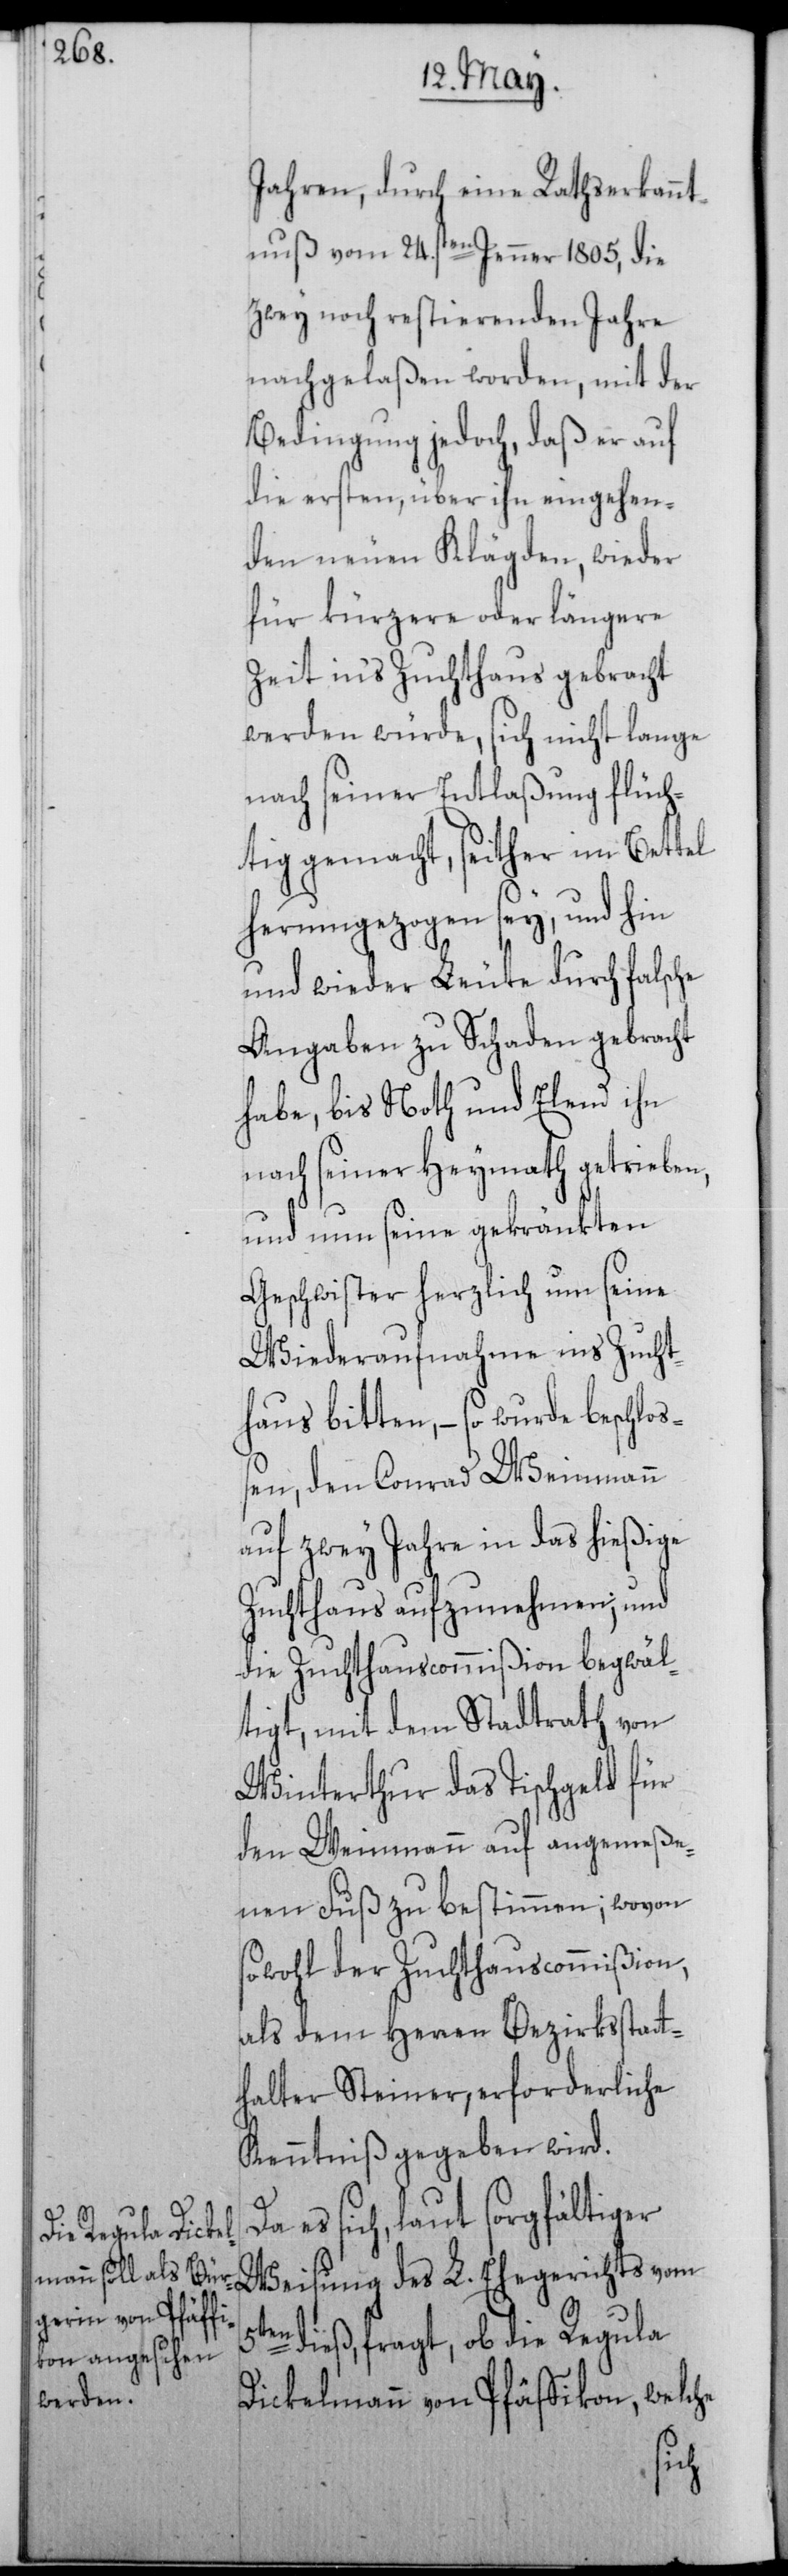
Jahren, durch eine Rathserkannt¬
nuß vom 24sten. Jenner 1805, die
zwey noch restierenden Jahre
nachgelaßen worden, mit der
Bedingung jedoch, daß er auf
die ersten, über ihn eingehen¬
den neuen Klägden, wieder
für kürzere oder längere
Zeit in's Zuchthaus gebracht
werden würde, sich nicht lange
nach seiner Entlaßung flüch¬
tig gemacht, seither im Bettel
herumgezogen sey, und hin
und wieder Leute durch falsche
Angaben zu Schaden gebracht
habe, bis Noth und Elend ihn
nach seiner Heymath getrieben,
und nun seine gekränkten
Geschwister herzlich um seine
Wiederaufnahme ins Zucht¬
haus bitten, – so wurde beschloß¬
en, den Conrad Weinmann
auf zwey Jahre in das hießige
Zuchthaus aufzunehmen; und
die Zuchthauscommißion begwäl¬
tigt, mit dem Stadtrath von
Winterthur das Tischgeld für
den Weinmann auf angemeße¬
nen Fuß zu bestimmen; wovon
sowohl der Zuchthauscommißion,
als dem Herren Bezirksstatt¬
halter Steiner, erforderliche
Kenntniß gegeben wird.
es sich, laut sorgfältiger
Weisung des L. Ehegerichts vom
en dieß, fragt, ob die Regula
Dickelmann von Pfäffikon, welche
5t¬